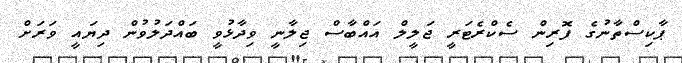
ޕާކިސްތާނުގެ ފޮރިން ސެކްރެޓަރީ ޖަލީލް އައްބާސް ޖިލާނީ ވިދާޅުވީ ބައްދަލުވުން ދިޔައީ ވަރަށް